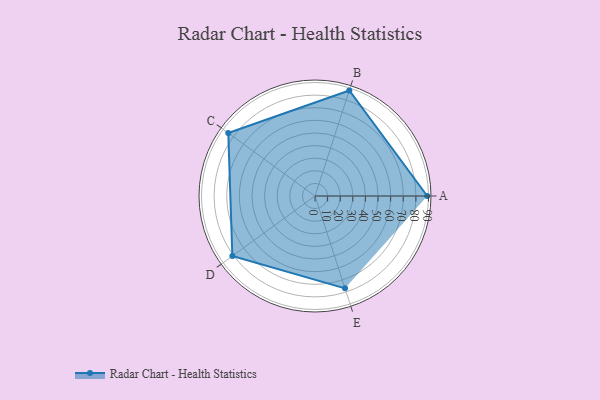
{"axis": {"x": "Skill", "y": "Score"}, "legend": ["Profile"], "data": [{"x": "A", "y": 89.0, "type": "Profile"}, {"x": "B", "y": 88.0, "type": "Profile"}, {"x": "C", "y": 85.0, "type": "Profile"}, {"x": "D", "y": 81.0, "type": "Profile"}, {"x": "E", "y": 77.0, "type": "Profile"}]}